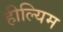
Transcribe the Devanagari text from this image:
हील्यिम